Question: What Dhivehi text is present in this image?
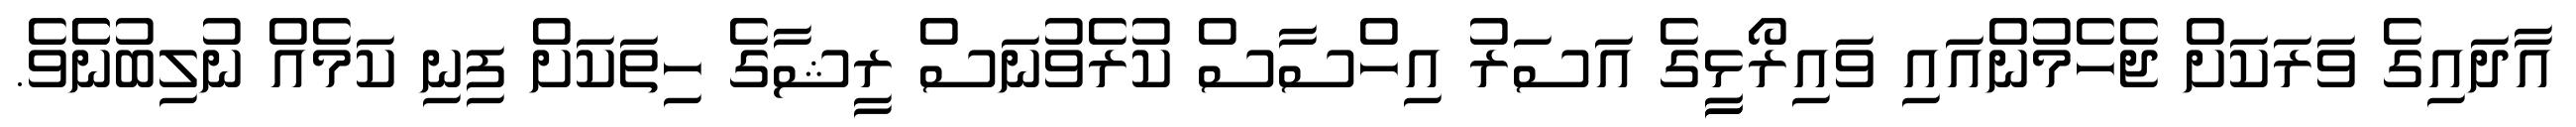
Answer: އާދައިގެ ވަރަކަށް ޖެހެމުންއައި ވައިރޯޅީީގެ އަސަރު އިހްސާސް ކުރެވުނަސް ރީޝާގެ ހިތަކަށް ފިނި ކަމެއް ނުލިބުނެެވެ.